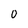
Character: 0